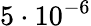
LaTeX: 5\cdot 10^{-6}